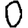
Digit: 0